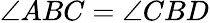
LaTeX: \angle ABC=\angle CBD